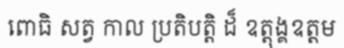
ពោធិ សត្វ កាល ប្រតិបត្តិ ដ៏ ឧត្តុង្គឧត្តម